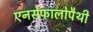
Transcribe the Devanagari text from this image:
एनसेफालोपैथी